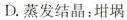
D.蒸发结晶：坩埚